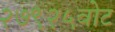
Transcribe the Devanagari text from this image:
२७९२५वोट